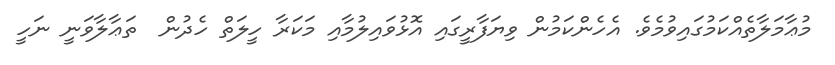
މުޢާމަލާތެއްކަމުގައިވުމެވެ. އެހެންކަމުން ވިޔަފާރީގައި އޮޅުވައިލުމާއި މަކަރާ ހީލަތް ހެދުން  ތަޢާލާވަނީ ނަހީ